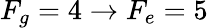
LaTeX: F_{g}=4\rightarrow F_{e}=5